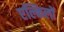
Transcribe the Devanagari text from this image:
एल्किलों